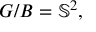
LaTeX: G / B = \mathbb { S } ^ { 2 } ,